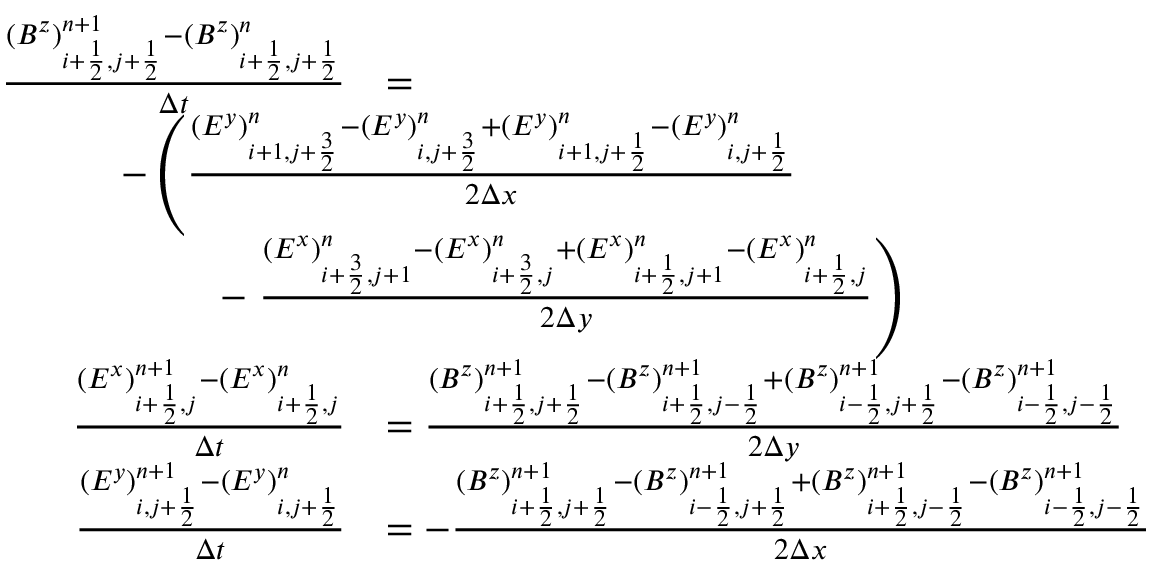
\begin{array} { r l } { \frac { ( B ^ { z } ) _ { i + \frac 1 2 , j + \frac 1 2 } ^ { n + 1 } - ( B ^ { z } ) _ { i + \frac 1 2 , j + \frac 1 2 } ^ { n } } { \Delta t } } & { = } \\ & { \! \! \! \! \! \! \! \! \! \! \! \! \! \! \! \! \! \! \! \! \! \! \! \! \! \! \! \! \! \! \! \! \! \! \! \! \! \! \! \! - \left( \frac { ( E ^ { y } ) _ { i + 1 , j + \frac 3 2 } ^ { n } - ( E ^ { y } ) _ { i , j + \frac 3 2 } ^ { n } + ( E ^ { y } ) _ { i + 1 , j + \frac 1 2 } ^ { n } - ( E ^ { y } ) _ { i , j + \frac 1 2 } ^ { n } } { 2 \Delta x } \right. } \\ & { \! \! \! \! \! \! \! \! \! \! \! \! \! \! \! \! \! \! \! \! \! \! \! \! \! - \left. \frac { ( E ^ { x } ) _ { i + \frac 3 2 , j + 1 } ^ { n } - ( E ^ { x } ) _ { i + \frac 3 2 , j } ^ { n } + ( E ^ { x } ) _ { i + \frac 1 2 , j + 1 } ^ { n } - ( E ^ { x } ) _ { i + \frac 1 2 , j } ^ { n } } { 2 \Delta y } \right) } \\ { \frac { ( E ^ { x } ) _ { i + \frac 1 2 , j } ^ { n + 1 } - ( E ^ { x } ) _ { i + \frac 1 2 , j } ^ { n } } { \Delta t } } & { = \frac { ( B ^ { z } ) _ { i + \frac 1 2 , j + \frac 1 2 } ^ { n + 1 } - ( B ^ { z } ) _ { i + \frac 1 2 , j - \frac 1 2 } ^ { n + 1 } + ( B ^ { z } ) _ { i - \frac 1 2 , j + \frac 1 2 } ^ { n + 1 } - ( B ^ { z } ) _ { i - \frac 1 2 , j - \frac 1 2 } ^ { n + 1 } } { 2 \Delta y } } \\ { \frac { ( E ^ { y } ) _ { i , j + \frac 1 2 } ^ { n + 1 } - ( E ^ { y } ) _ { i , j + \frac 1 2 } ^ { n } } { \Delta t } } & { = - \frac { ( B ^ { z } ) _ { i + \frac 1 2 , j + \frac 1 2 } ^ { n + 1 } - ( B ^ { z } ) _ { i - \frac 1 2 , j + \frac 1 2 } ^ { n + 1 } + ( B ^ { z } ) _ { i + \frac 1 2 , j - \frac 1 2 } ^ { n + 1 } - ( B ^ { z } ) _ { i - \frac 1 2 , j - \frac 1 2 } ^ { n + 1 } } { 2 \Delta x } } \end{array}